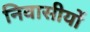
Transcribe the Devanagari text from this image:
निवासीयों